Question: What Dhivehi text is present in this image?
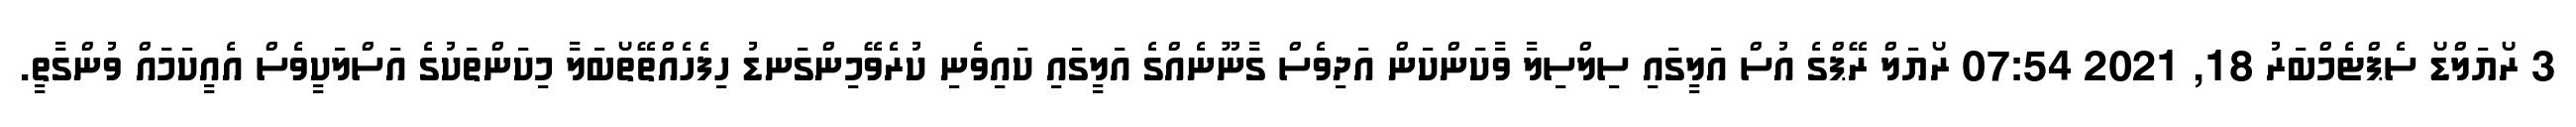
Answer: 3 ރޯޔަލްޑޯ ސެޕްޓެމްބަރު 18, 2021 07:54 ރޯޔަލް ރޭޕްގެ އުސް އަލީގައި ސިލްސިލާ ވާކަންކަން އަދިވެސް ގާނޫނެއްގެ އަލީގައި ކައިވެނި ކުރެވޭމިންގަނޑު ހިފެހެއްތޭތޯބަލާ މިކަންތަކުގެ އަސްލަކީވެސް އެއީކަމައް ވުންގާތީ.